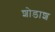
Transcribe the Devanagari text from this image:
शोडाश